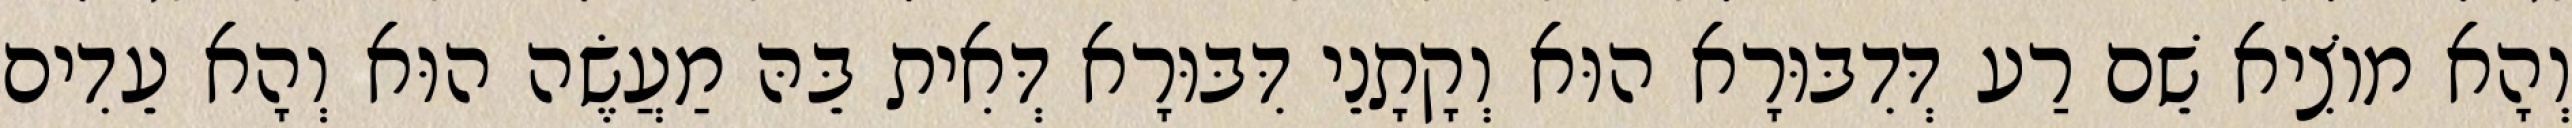
וְהָא מוֹצִיא שֵׁם רַע דְּדִבּוּרָא הוּא וְקָתָנֵי דִּבּוּרָא דְּאִית בֵּהּ מַעֲשֶׂה הוּא וְהָא עֵדִים